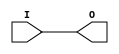
module IBUF_LVDCI_25 (O, I);

    output O;

    input  I;

	buf B1 (O, I);


endmodule